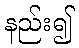
နည်း၍